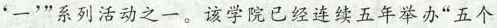
‘一’ ”系列活动之一。该学院已经连续五年举办“五个